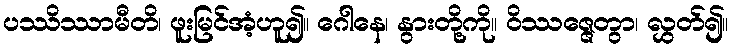
ပဿိဿာမီတိ၊ ဖူးမြင်အံ့ဟူ၍။ ဂေါနေ၊ နွားတို့ကို။ ဝိဿဇ္ဇေတွာ၊ လွှတ်၍။